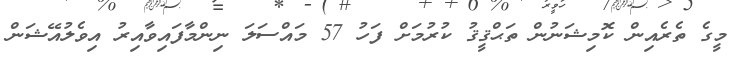
މީގެ ތެރެއިން ކޮމިޝަނުން ތަޙްޤީޤު ކުރުމަށް ފަހު 57 މައްސަލަ ނިންމާފައިވާއިރު އިވެލުއޭޝަން